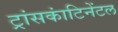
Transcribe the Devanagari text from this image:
ट्रांसकांटिनेंटल